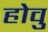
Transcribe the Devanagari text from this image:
होवु